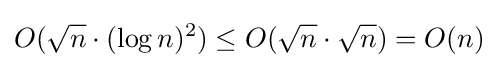
O({\sqrt {n}}\cdot (\log n)^{2})\leq O({\sqrt {n}}\cdot {\sqrt {n}})=O(n)